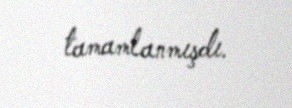
tamamlanmışdı.